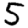
Digit: 5